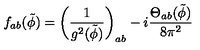
f _ { a b } ( { \tilde { \phi } } ) = \left( \frac { 1 } { g ^ { 2 } ( { \tilde { \phi } } ) } \right) _ { a b } - i \frac { { \Theta } _ { a b } ( { \tilde { \phi } } ) } { 8 { \pi } ^ { 2 } }